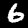
Label: 6